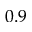
0 . 9